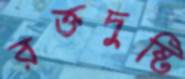
রক্তদুষ্টি